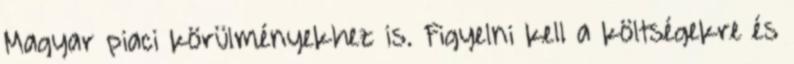
Magyar piaci körülményekhez is. Figyelni kell a költségekre és